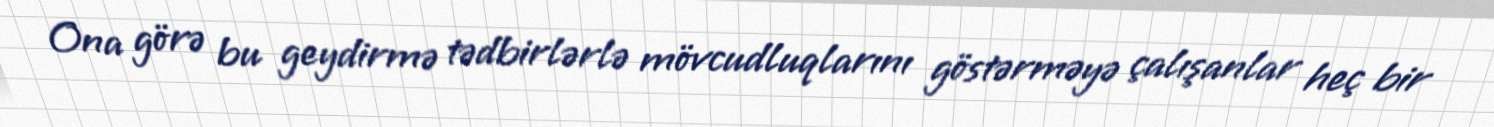
Ona görə bu geydirmə tədbirlərlə mövcudluqlarını göstərməyə çalışanlar heç bir